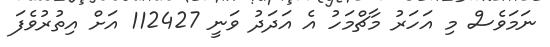
ނަމަވެސް މި އަހަރު މާޗްމަހު އެ އަދަދު ވަނީ 112427 އަށް އިތުރުވެފަ